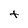
Character: t